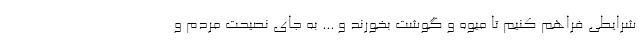
شرایطی فراهم کنیم تا میوه و گوشت بخورند و ... به جای نصیحت مردم و